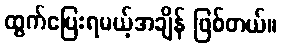
ထွက်ပြေးရမယ့်အချိန် ဖြစ်တယ်။